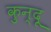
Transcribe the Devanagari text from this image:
कुन्दू